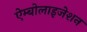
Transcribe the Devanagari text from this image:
ऐम्बोलाइजेशन